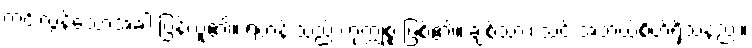
ကင်းလွန်သောအခါ ပြန်ယူ၏။ ရဟန်းသည် ကုက္ကုစ္စ ဖြစ်၏။ ချစ်သား၊ သင် အဘယ်စိတ်ရှိသနည်း။